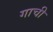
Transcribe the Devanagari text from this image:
गाची